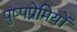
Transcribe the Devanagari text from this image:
पुष्पप्रेमियों